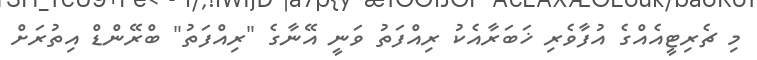
މި ޗެރިޓީއެއްގެ އުފާވެރި ޚަބަރާއެކު ރިއްފަތު ވަނީ އޭނާގެ "ރިއްފަތު" ބްރޭންޑް އިތުރަށް